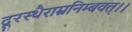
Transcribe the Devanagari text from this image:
दूरस्थैराम्रनिम्बवत्।।